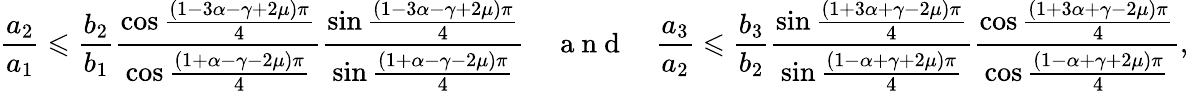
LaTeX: \frac{a_{2}}{a_{1}}\leqslant\frac{b_{2}}{b_{1}}\frac{\cos\frac{\left(1-3\alpha-\gamma+2\mu\right)\pi}{4}}{\cos\frac{\left(1+\alpha-\gamma-2\mu\right)\pi}{4}}\frac{\sin\frac{\left(1-3\alpha-\gamma+2\mu\right)\pi}{4}}{\sin\frac{\left(1+\alpha-\gamma-2\mu\right)\pi}{4}}\quad\mathrm{~a~n~d~}\quad\frac{a_{3}}{a_{2}}\leqslant\frac{b_{3}}{b_{2}}\frac{\sin\frac{\left(1+3\alpha+\gamma-2\mu\right)\pi}{4}}{\sin\frac{\left(1-\alpha+\gamma+2\mu\right)\pi}{4}}\frac{\cos\frac{\left(1+3\alpha+\gamma-2\mu\right)\pi}{4}}{\cos\frac{\left(1-\alpha+\gamma+2\mu\right)\pi}{4}},